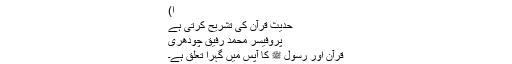
ا)
حدیث قرآن کی تشریح کرتی ہے
پروفیسر محمد رفیق چودھری
قرآن اور رسول ﷺ کا آپس میں گہرا تعلق ہے۔